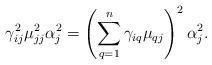
LaTeX: \begin{align*} \gamma_{ij}^2 \mu_{jj}^2 \alpha_j^2 = \left( \sum_{q=1}^n \gamma_{iq} \mu_{qj} \right)^2 \alpha_j^2.\end{align*}